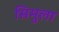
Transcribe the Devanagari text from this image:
सिमुला